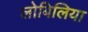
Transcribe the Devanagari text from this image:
लोबिलिया